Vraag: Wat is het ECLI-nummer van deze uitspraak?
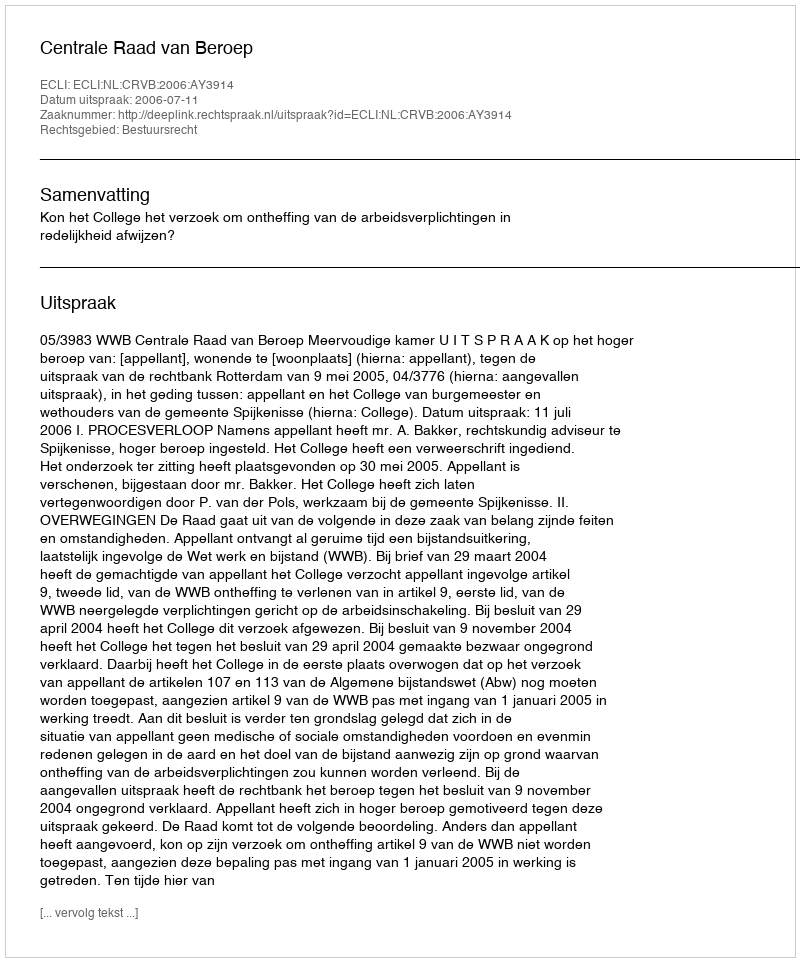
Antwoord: ECLI:NL:CRVB:2006:AY3914